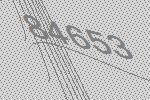
84653